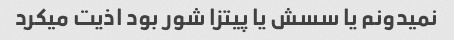
نمیدونم یا سسش یا پیتزا شور بود اذیت میکرد